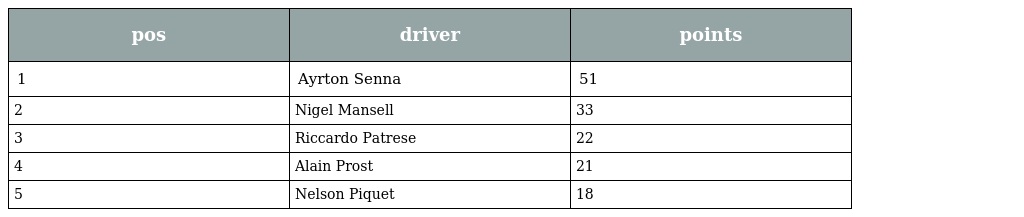
| pos | driver | points |
 | --- | --- | --- |
 | 1 | Ayrton Senna | 51 |
 | 2 | Nigel Mansell | 33 |
 | 3 | Riccardo Patrese | 22 |
 | 4 | Alain Prost | 21 |
 | 5 | Nelson Piquet | 18 |